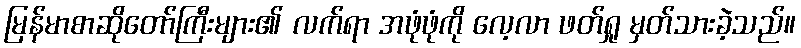
မြန်မာစာဆိုတော်ကြီးများ၏ လက်ရာ အဖုံဖုံကို လေ့လာ ဖတ်ရှု မှတ်သားခဲ့သည်။